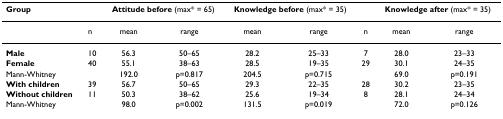
<table><thead><tr><td><b>Group</b></td><td></td><td colspan="2"><b>Attitude before (max* = 65)</b></td><td colspan="2"><b>Knowledge before (max* = 35)</b></td><td></td><td colspan="2"><b>Knowledge after (max* = 35)</b></td></tr></thead><tbody><tr><td></td><td>n</td><td>mean</td><td>range</td><td>mean</td><td>range</td><td>n</td><td>mean</td><td>range</td></tr><tr><td><b>Male</b></td><td>10</td><td>56.3</td><td>50–65</td><td>28.2</td><td>25–33</td><td>7</td><td>28.0</td><td>23–33</td></tr><tr><td><b>Female</b></td><td>40</td><td>55.1</td><td>38–63</td><td>28.5</td><td>19–35</td><td>29</td><td>30.1</td><td>24–35</td></tr><tr><td>Mann-Whitney</td><td></td><td>192.0</td><td>p=0.817</td><td>204.5</td><td>p=0.715</td><td></td><td>69.0</td><td>p=0.191</td></tr><tr><td><b>With children</b></td><td>39</td><td>56.7</td><td>50–65</td><td>29.3</td><td>22–35</td><td>28</td><td>30.2</td><td>23–35</td></tr><tr><td><b>Without children</b></td><td>11</td><td>50.3</td><td>38–62</td><td>25.6</td><td>19–34</td><td>8</td><td>28.1</td><td>24–34</td></tr><tr><td>Mann-Whitney</td><td></td><td>98.0</td><td>p=0.002</td><td>131.5</td><td>p=0.019</td><td></td><td>72.0</td><td>p=0.126</td></tr></tbody></table>